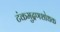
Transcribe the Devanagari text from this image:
टंकमुद्रणशोधक